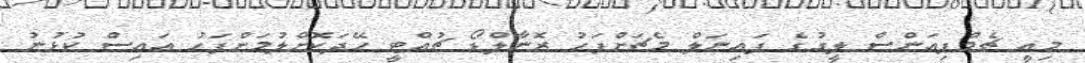
މިއީ ޗެމްޕިއަންސް ލީގުގެ ފައިނަލް މެޗަށްފަހު ރޮނާލްޑޯ ޗުއްޓީ ހޭދަކޮށްލުމަށްފަހު އައިސް ކުޅުނު